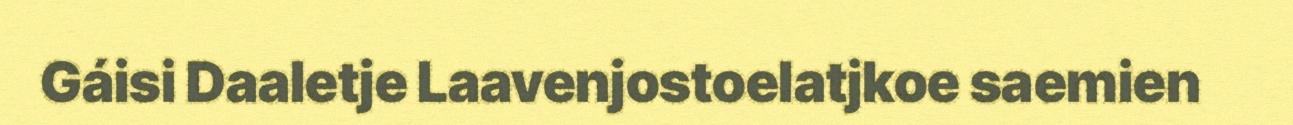
Gáisi Daaletje Laavenjostoelatjkoe saemien